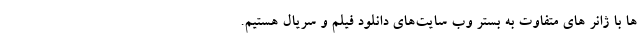
ها با ژانر های متفاوت به بستر وب سایت‌های دانلود فیلم و سریال هستیم.